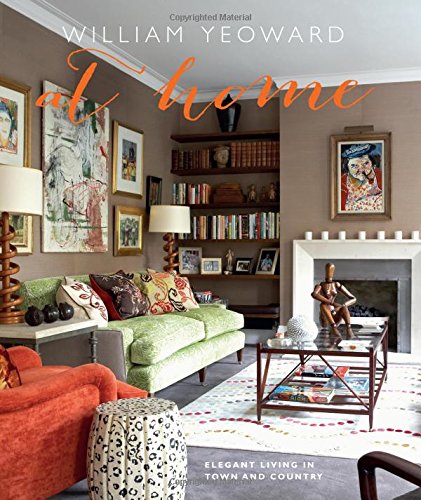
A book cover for William Yeoward at Home: Elegant Living in Town and Country; William Yeoward; Cookbooks, Food & Wine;